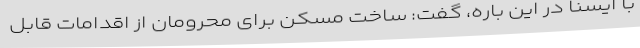
با ایسنا در این باره، گفت: ساخت مسکن برای محرومان از اقدامات قابل